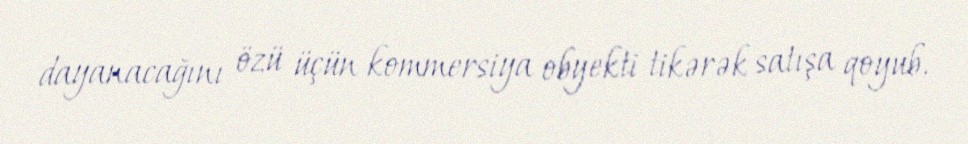
dayanacağını özü üçün kommersiya obyekti tikərək satışa qoyub.